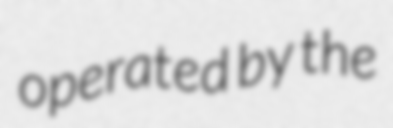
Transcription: operated by the